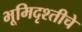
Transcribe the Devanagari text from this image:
भूमिदृश्तीचे